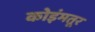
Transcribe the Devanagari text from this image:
कोइंमतूर